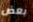
بعض